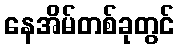
နေအိမ်တစ်ခုတွင်